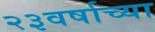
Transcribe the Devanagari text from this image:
२३वर्षाच्या